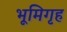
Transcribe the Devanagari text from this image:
भूमिगृह